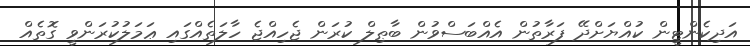
އަދިކެންޓީން ކުއްޔަށްދޭ ފަރާތުން އެއްބަސްވުން ބާޠިލް ކުރަން ޖެހިއްޖެ ހާލަތެއްގައި ޢަމަލުކުރަންވީ ގޮތެއް